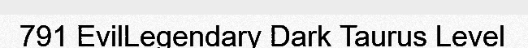
791 EvilLegendary Dark Taurus Level